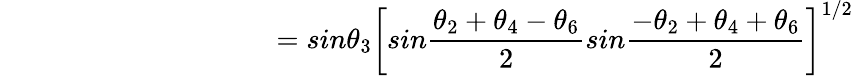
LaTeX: {}~~~~~~~~~~~~~~~~~~~~~~~~~~~~~~~~~~~~~~=sin\theta_{3}\bigg[sin\frac{\theta_{2}+\theta_{4}-\theta_{6}}{2}sin\frac{-\theta_{2}+\theta_{4}+\theta_{6}}{2}\bigg]^{1/2}